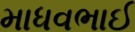
માધવભાઈ